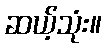
ဆယ့်သုံး။